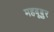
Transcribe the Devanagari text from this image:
महबूबुर